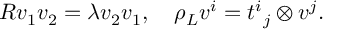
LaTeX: R v _ { 1 } v _ { 2 } = \lambda v _ { 2 } v _ { 1 } , \quad \rho _ { L } v ^ { i } = { t ^ { i } } _ { j } \otimes v ^ { j } .